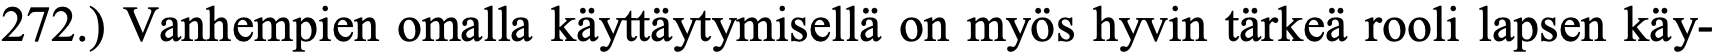
272.) Vanhempien omalla käyttäytymisellä on myös hyvin tärkeä rooli lapsen käy-